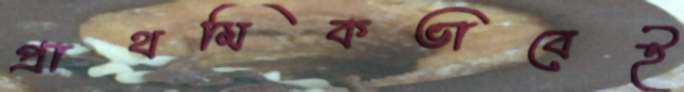
প্রাথমিকভাবেই